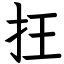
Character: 抂